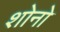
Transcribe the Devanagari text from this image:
शोनो